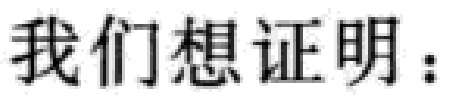
我们想证明：